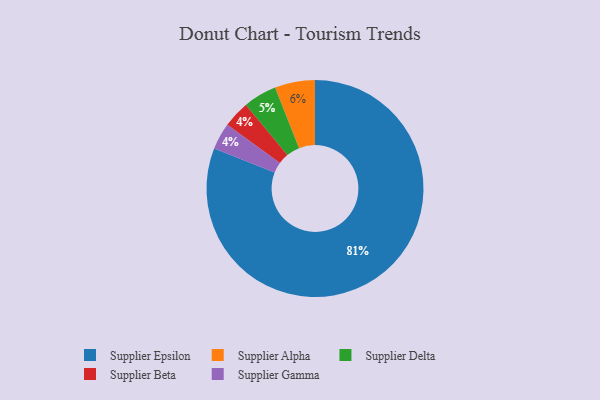
{"axis": {"x": "Category", "y": "Percentage"}, "legend": ["Supplier Alpha", "Supplier Beta", "Supplier Delta", "Supplier Epsilon", "Supplier Gamma"], "data": [{"x": "Supplier Beta", "y": 4, "type": "Supplier Beta"}, {"x": "Supplier Gamma", "y": 4, "type": "Supplier Gamma"}, {"x": "Supplier Alpha", "y": 6, "type": "Supplier Alpha"}, {"x": "Supplier Epsilon", "y": 81, "type": "Supplier Epsilon"}, {"x": "Supplier Delta", "y": 5, "type": "Supplier Delta"}]}